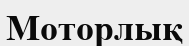
Моторлық